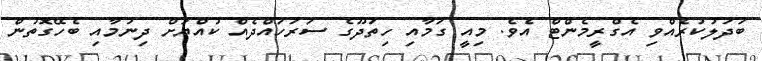
ބަދަލުކުރެއްވި އެގްރީމެންޓް އެވެ. މިއީ ގަމާއި ހިތަދޫގެ ސަރަހައްދެއް ކުއްޔަށް ދިނުމާއި ބެހޭގޮތުން